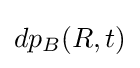
dp_{B}(R,t)